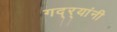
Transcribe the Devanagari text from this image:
गद्र्‍यांनी